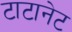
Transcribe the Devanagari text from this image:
टाटानेट